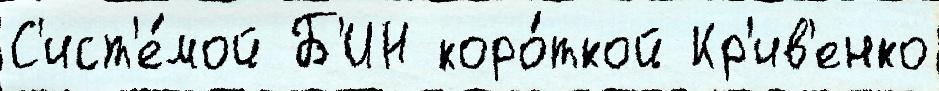
С'ист'е́мой Б'ИН коро́ткой Кр'ив'енко